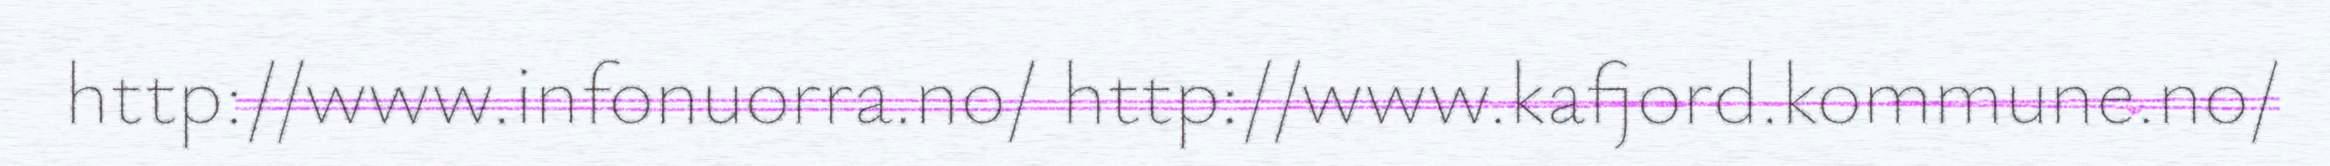
http://www.infonuorra.no/ http://www.kafjord.kommune.no/